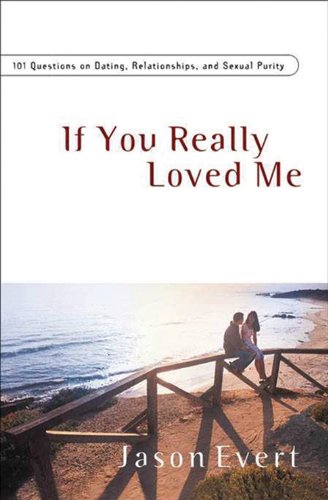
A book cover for If You Really Loved Me: 100 Questions on Dating, Relationships, and Sexual Purity - Revised and Expanded; Jason Evert; Teen & Young Adult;